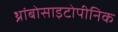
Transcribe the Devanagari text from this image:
थ्रांबोसाइटोपीनिक